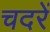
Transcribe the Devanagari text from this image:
चदरें